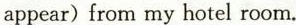
appear) from my hotel room.